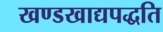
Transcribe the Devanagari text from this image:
खण्डखाद्यपद्धति